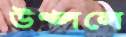
উথ্‌ললে